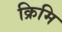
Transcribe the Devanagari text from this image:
क्रिमि